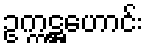
ဥက္ကဋ္ဌဟောင်း